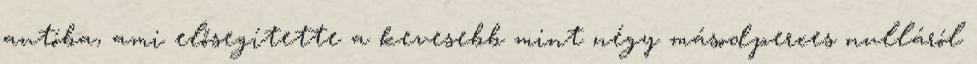
autóba, ami elősegítette a kevesebb mint négy másodperces nulláról